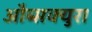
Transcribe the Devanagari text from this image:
औब्सक्युरा